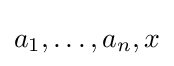
a_{1},\ldots ,a_{n},x